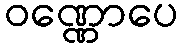
ဝဏ္ဏောပေ